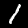
Digit: 1